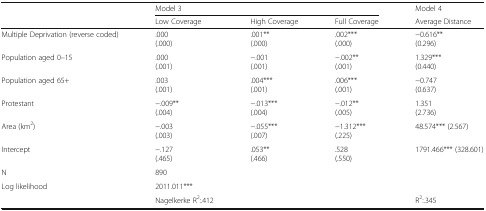
<table><thead><tr><td></td><td colspan="3"><b>Model 3</b></td><td><b>Model 4</b></td></tr><tr><td></td><td><b>Low Coverage</b></td><td><b>High Coverage</b></td><td><b>Full Coverage</b></td><td><b>Average Distance</b></td></tr></thead><tbody><tr><td>Multiple Deprivation (reverse coded)</td><td>.000(.000)</td><td>.001**(.000)</td><td>.002***(.000)</td><td>−0.616**(0.296)</td></tr><tr><td>Population aged 0–15</td><td>.000(.001)</td><td>−.001(.001)</td><td>−.002**(.001)</td><td>1.329***(0.440)</td></tr><tr><td>Population aged 65+</td><td>.003(.001)</td><td>.004***(.001)</td><td>.006***(.001)</td><td>−0.747(0.637)</td></tr><tr><td>Protestant</td><td>−.009**(.004)</td><td>−.013***(.004)</td><td>−.012**(.005)</td><td>1.351(2.736)</td></tr><tr><td>Area (km<sup>2</sup>)</td><td>−.003(.003)</td><td>−.055***(.007)</td><td>−1.312***(.225)</td><td>48.574*** (2.567)</td></tr><tr><td>Intercept</td><td>−.127(.465)</td><td>.053**(.466)</td><td>.528(.550)</td><td>1791.466*** (328.601)</td></tr><tr><td>N</td><td>890</td><td></td><td></td><td></td></tr><tr><td>Log likelihood</td><td>2011.011***</td><td></td><td></td><td></td></tr><tr><td></td><td>Nagelkerke R<sup>2</sup>:.412</td><td></td><td></td><td>R<sup>2</sup>:.345</td></tr></tbody></table>